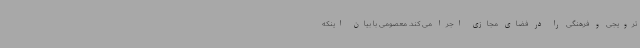
ترویجی و فرهنگی را در فضای مجازی اجرا می کند. معصومی با بیان اینکه